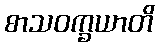
စာသဝက္ခယာတိ